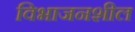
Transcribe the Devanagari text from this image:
विभाजनशील